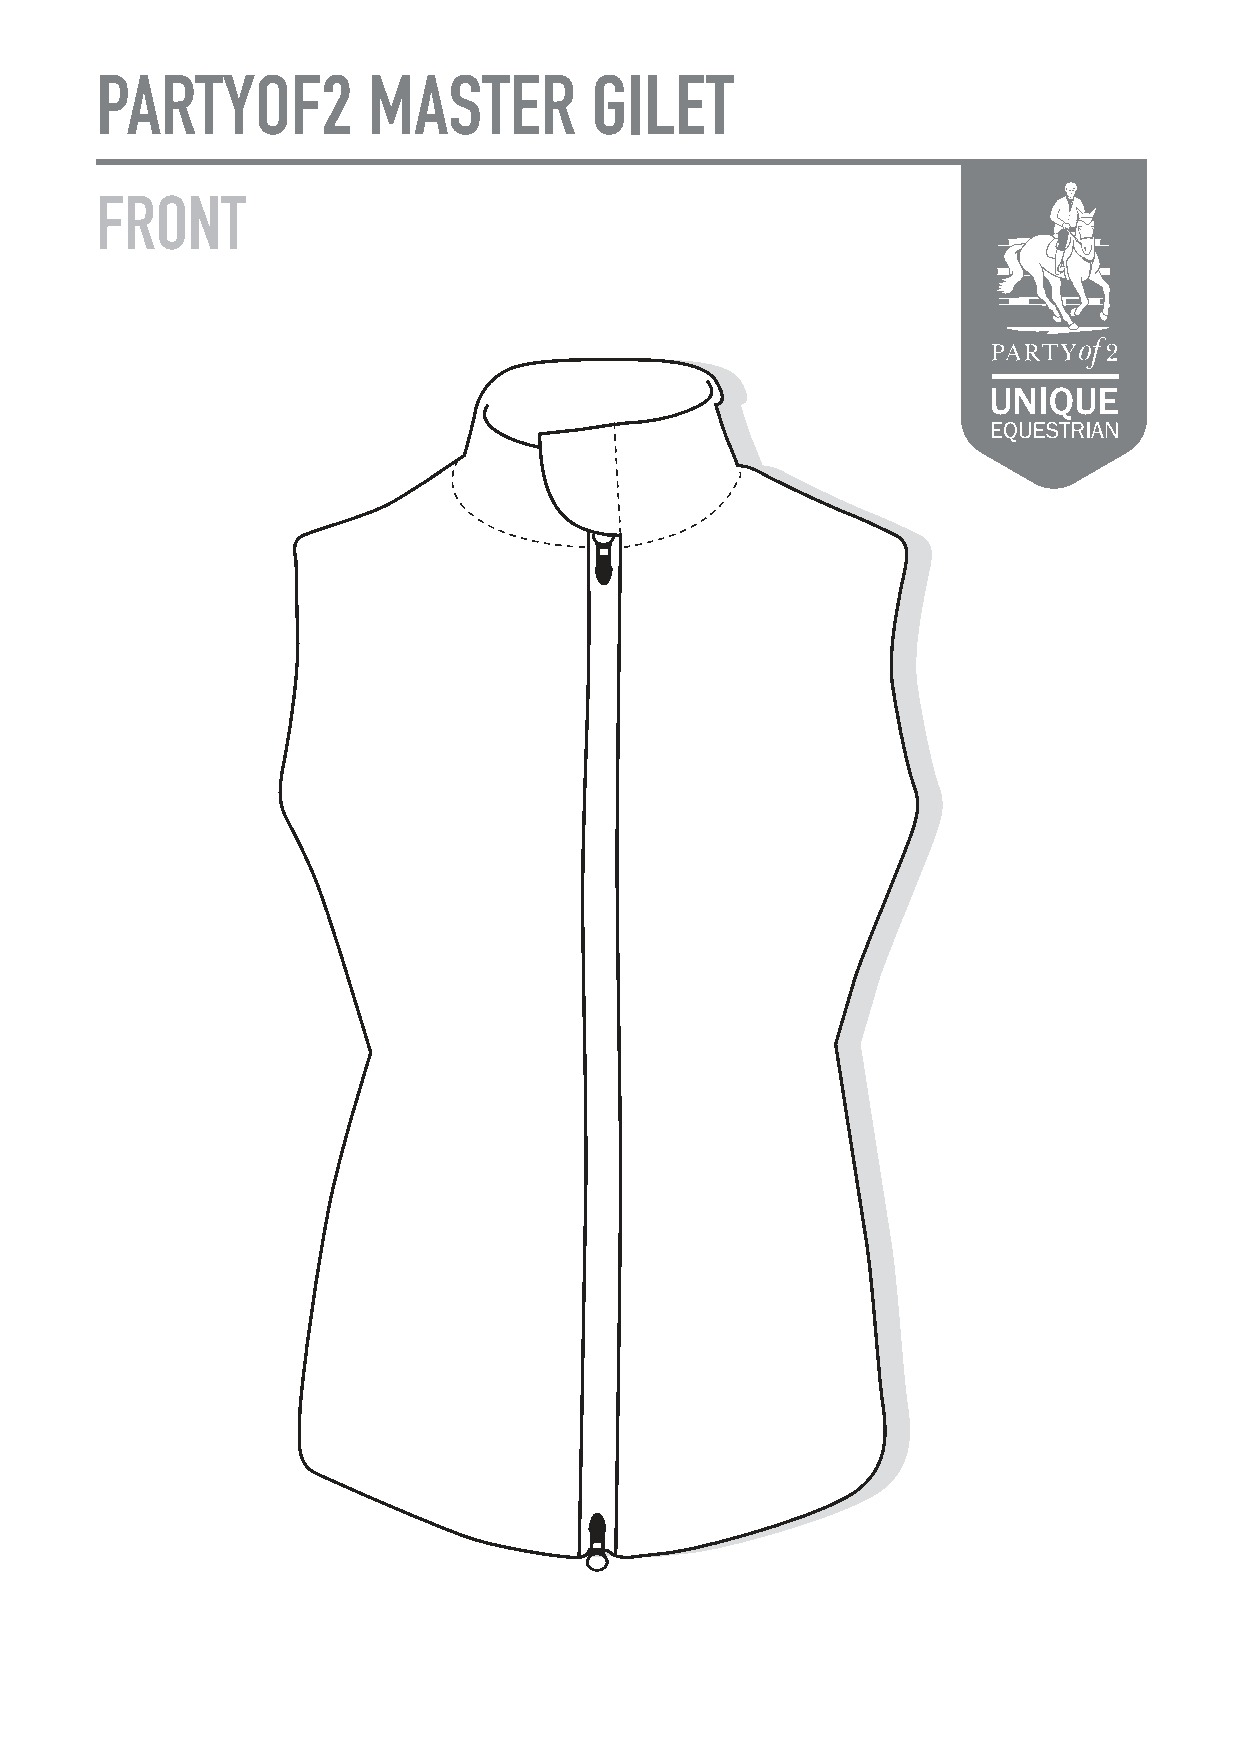
PARTYOF2          MASTER         GILET
 FRONT